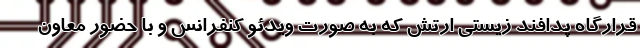
قرارگاه پدافند زیستی ارتش که به صورت ویدئو کنفرانس و با حضور معاون